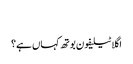
‬
‫اگلا ٹیلیفون بوتھ کہاں ہے؟